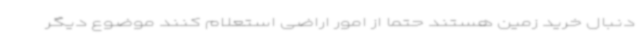
دنبال خرید زمین هستند حتماً از امور اراضی استعلام کنند موضوع دیگر